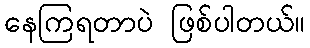
နေကြရတာပဲ ဖြစ်ပါတယ်။